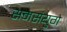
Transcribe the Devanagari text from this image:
समसंयुगे